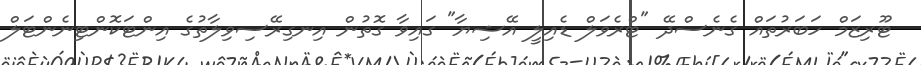
ޓޫރިޒަމް ހަބަރުތައް ގެނެސްދޭ "ޓްރެވަލް ޑެއިލީ އޭޝިޔާ" ގައިވާ ގޮތުން އިނގިރޭސިވިލާތުގެ އިންޓަކޮންޓިނެންޓަލް